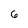
Character: 6